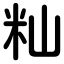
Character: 籼